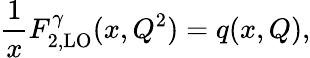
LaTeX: \frac{1}{x}F_{2,\mathrm{LO}}^{\gamma}(x,Q^{2})=q(x,Q),